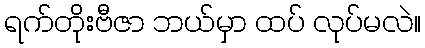
ရက်တိုးဗီဇာ ဘယ်မှာ ထပ် လုပ်မလဲ။